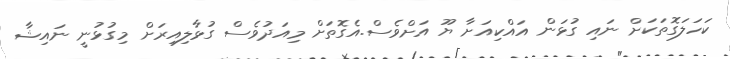
ކަހަލަގޮތަކަށް ނައި ގުޅަން އައްކިއަށާ ޔޫ އަށްވެސް.އެގޮތަށް މިއަދުވެސް ގުޅާލިއިރަށް މިގުޅުނީ ނައިޝާ